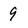
Character: 9